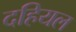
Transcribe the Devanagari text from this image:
दहियल